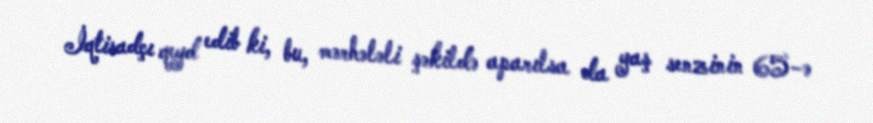
İqtisadçı qeyd edib ki, bu, mərhələli şəkildə aparılsa da yaş senzinin 65-ə